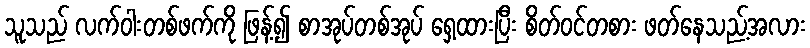
သူသည် လက်ဝါးတစ်ဖက်ကို ဖြန့်၍ စာအုပ်တစ်အုပ် ရှေ့ထားပြီး စိတ်ဝင်တစား ဖတ်နေသည့်အလား